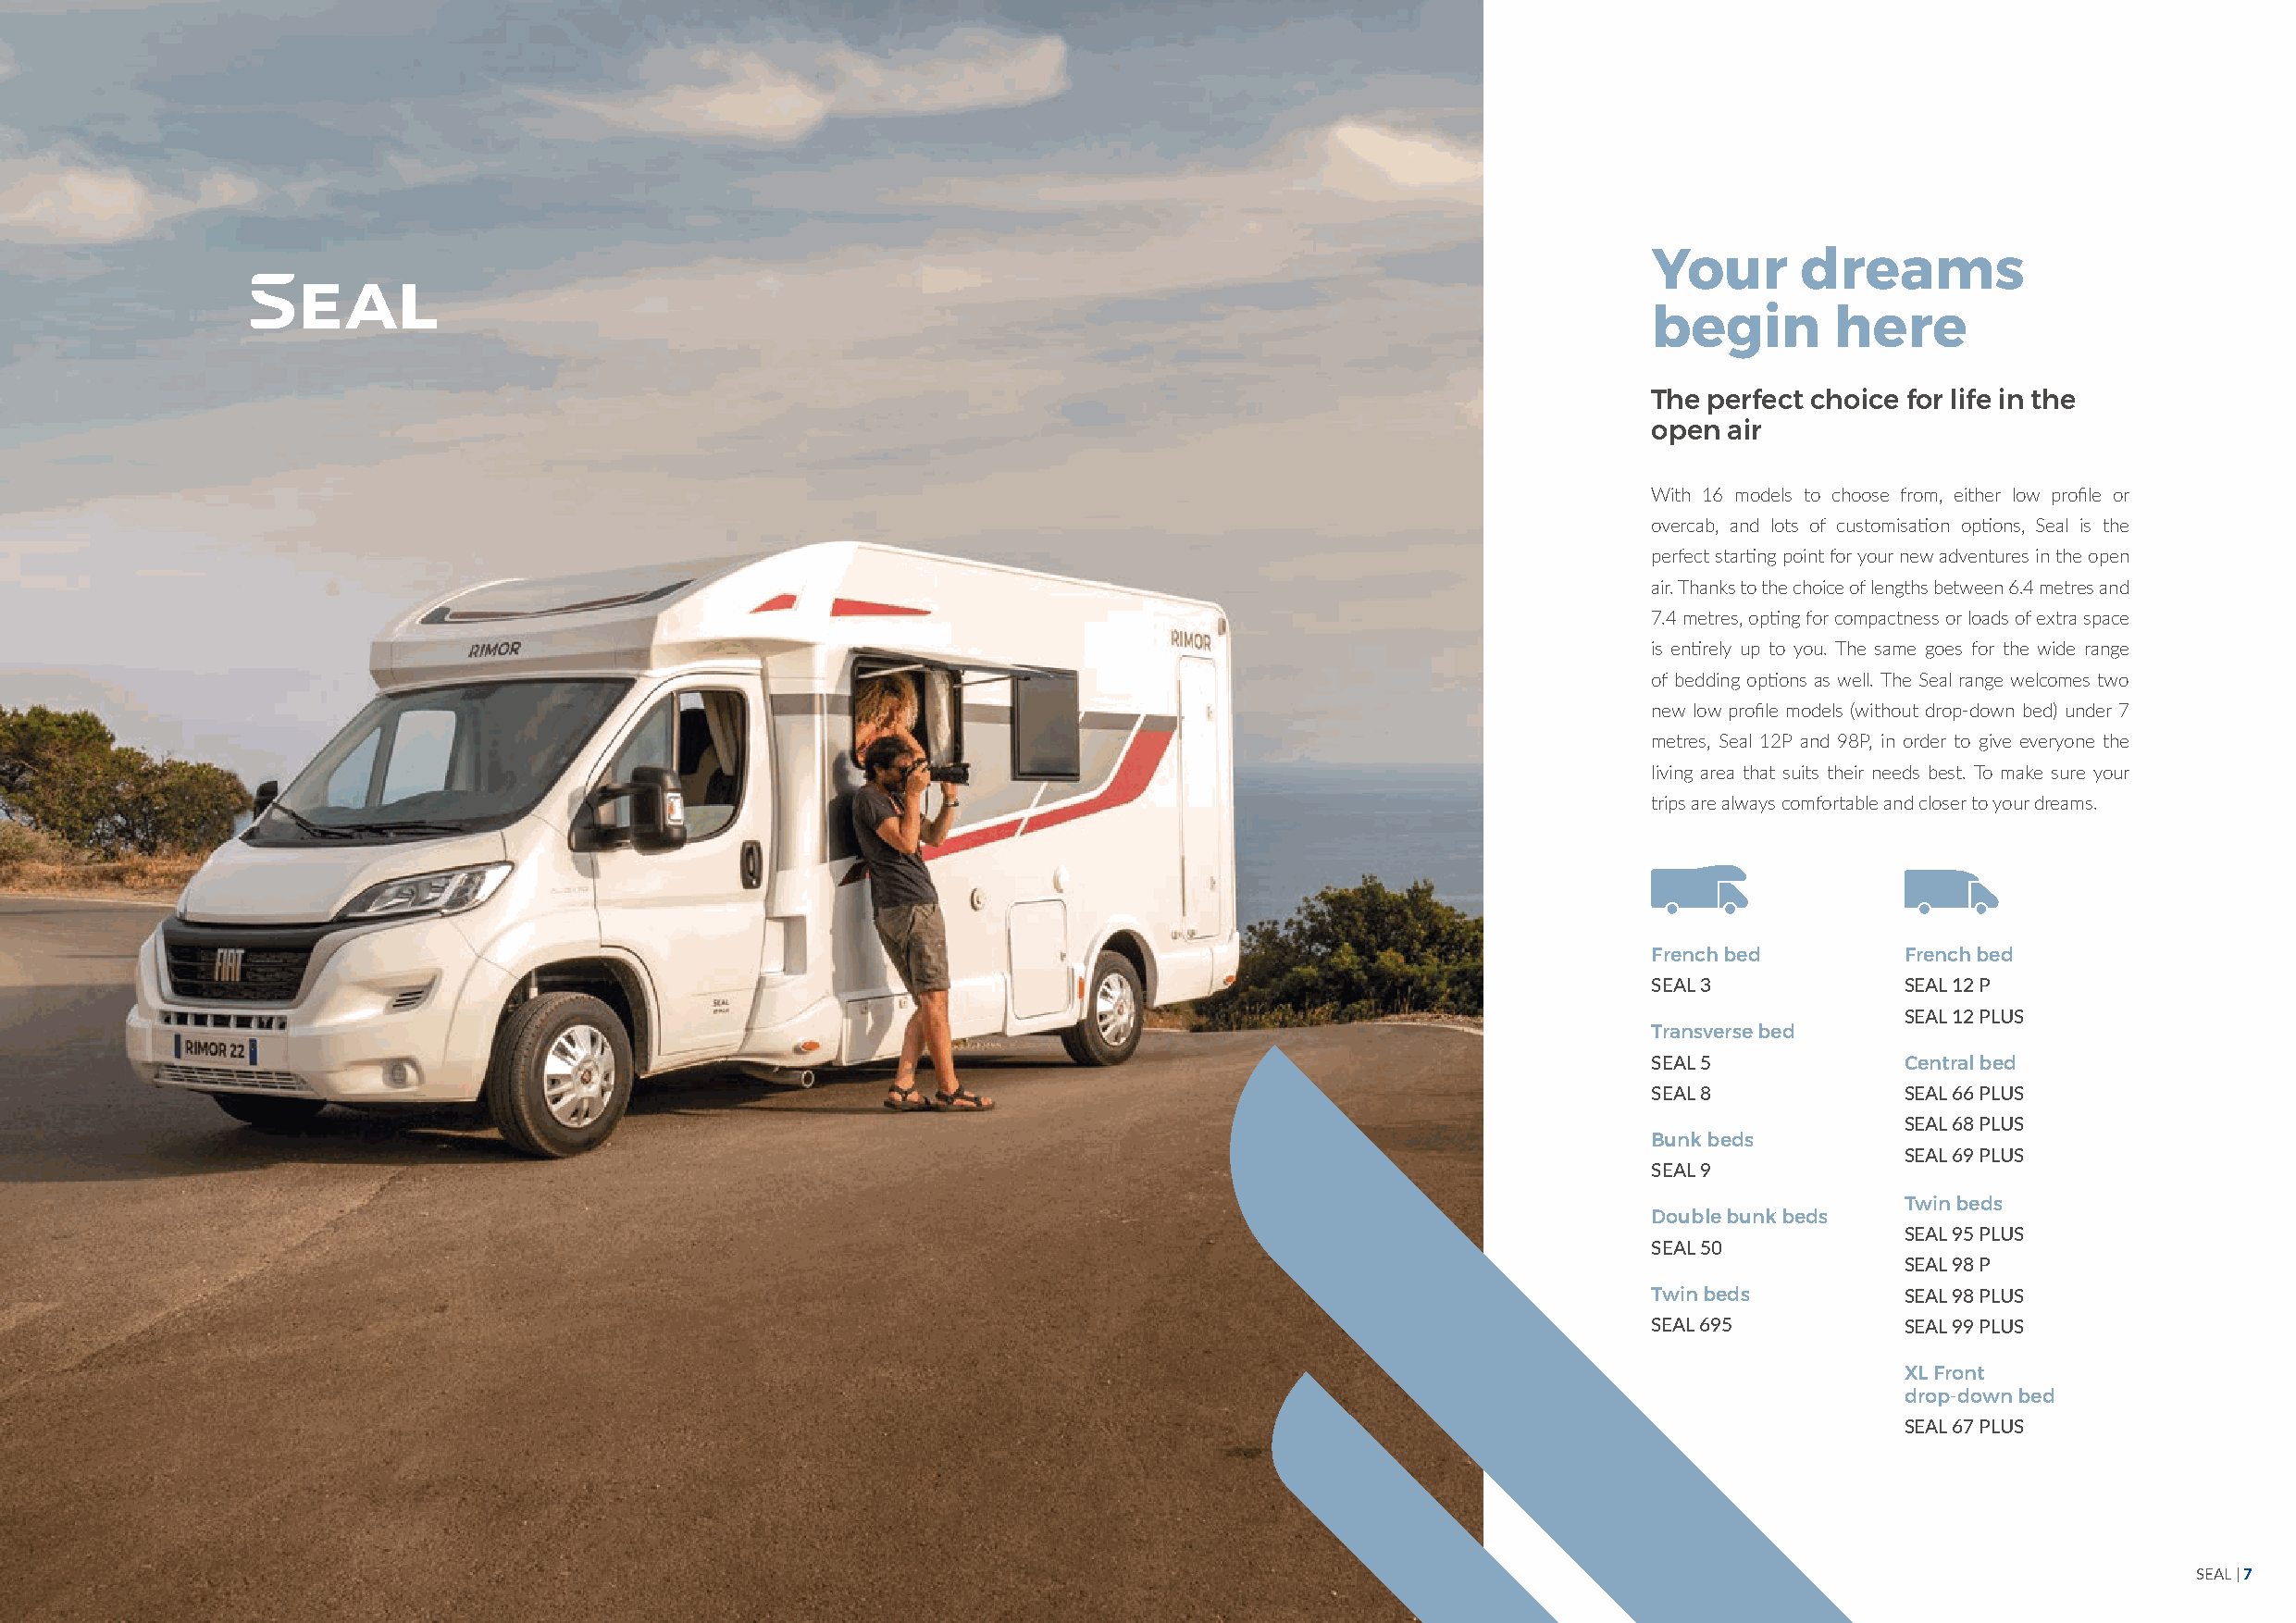
Your       dreams
 begin        here
 The perfect choice for life in the
 open  air
 With 16 models to choose from, either low profile or
 overcab, and lots of customisation options, Seal is the
 perfect starting point for your new adventures in the open
 air. Thanks to the choice of lengths between 6.4 metres and
 7.4 metres, opting for compactness or loads of extra space
 is entirely up to you. The same goes for the wide range
 of bedding options as well. The Seal range welcomes two
 new low profile models (without drop-down bed) under 7
 metres, Seal 12P and 98P, in order to give everyone the
 living area that suits their needs best. To make sure your
 trips are always comfortable and closer to your dreams.
 French bed        French bed
 SEAL 3            SEAL 12 P
 SEAL 12 PLUS
 Transverse bed
 SEAL 5            Central bed
 SEAL 8            SEAL 66 PLUS
 SEAL 68 PLUS
 Bunk beds
 SEAL 69 PLUS
 SEAL 9
 Twin beds
 Double bunk beds
 SEAL 95 PLUS
 SEAL 50
 SEAL 98 P
 Twin beds         SEAL 98 PLUS
 SEAL 695          SEAL 99 PLUS
 XL Front
 drop-down bed
 SEAL 67 PLUS
 SEAL | 7